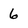
Character: 6